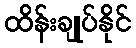
ထိန်းချုပ်နိုင်